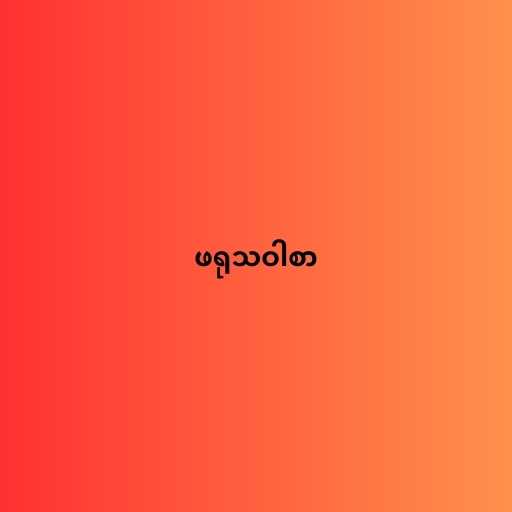
ဖရုသဝါစာ